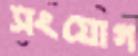
সংযোগ